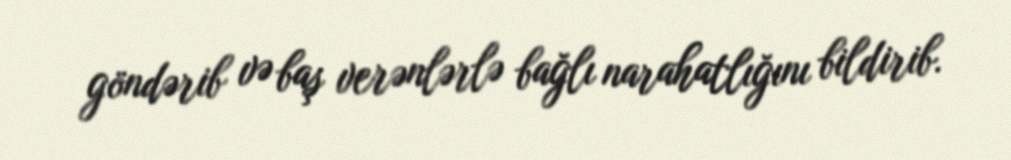
göndərib və baş verənlərlə bağlı narahatlığını bildirib.